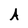
Character: A